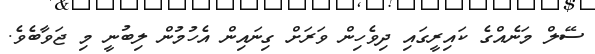
ސޭލް މަނެއްގެ ކައިރީގައި ދިވެހިން ވަރަށް ގިނައިން އެހުމުން ލިބުނީ މި ޖަވާބެވެ.